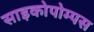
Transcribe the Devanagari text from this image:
साइकोपोम्पस